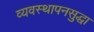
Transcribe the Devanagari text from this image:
व्यवस्थापनसुद्धा